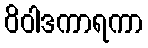
ဝိဝါဒကာရကာ